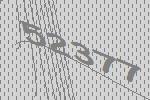
52377